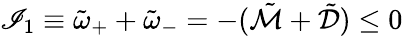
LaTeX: \mathscr{I}_{1}\equiv\tilde{{\omega}}_{+}+\tilde{{\omega}}_{-}=-(\tilde{{\mathcal{{M}}}}+\tilde{{\mathcal{{D}}}})\leq0